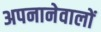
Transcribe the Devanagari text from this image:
अपनानेवालों